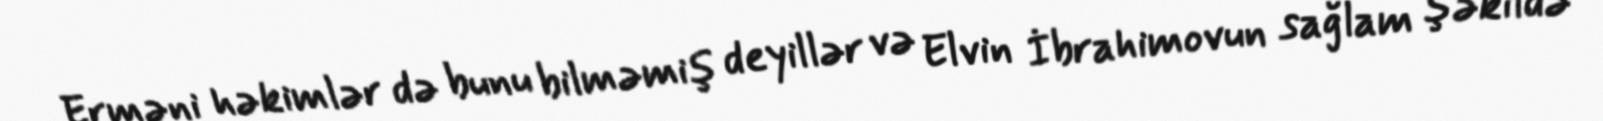
Erməni həkimlər də bunu bilməmiş deyillər və Elvin İbrahimovun sağlam şəkildə